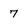
Character: 7